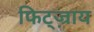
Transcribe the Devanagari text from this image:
फिट्ज़्राय